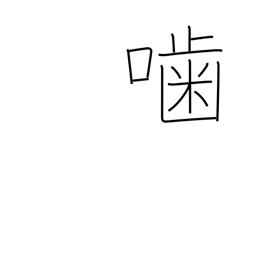
Meaning: gnaw